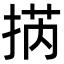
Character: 㨅